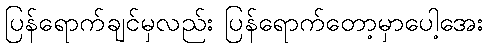
ပြန်ရောက်ချင်မှလည်း ပြန်ရောက်တော့မှာပေါ့အေး